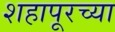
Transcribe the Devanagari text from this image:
शहापूरच्या